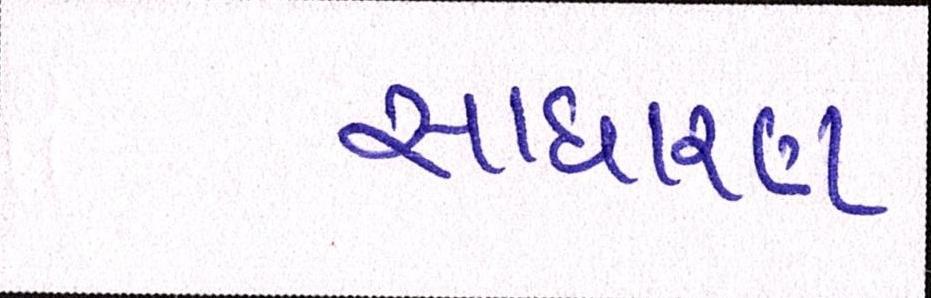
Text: સાધારણ